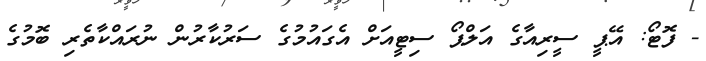
- ފޮޓޯ: އޭޕީ ސީރިއާގެ އަލްޕޯ ސިޓީއަށް އެގައުމުގެ ސަރުކާރުން ނުރައްކާތެރި ބޮމުގެ